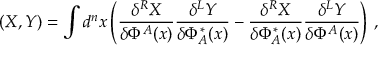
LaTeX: ( X , Y ) = \int d ^ { n } x \left( \frac { \delta ^ { R } X } { \delta \Phi ^ { A } ( x ) } \frac { \delta ^ { L } Y } { \delta \Phi _ { A } ^ { * } ( x ) } - \frac { \delta ^ { R } X } { \delta \Phi _ { A } ^ { * } ( x ) } \frac { \delta ^ { L } Y } { \delta \Phi ^ { A } ( x ) } \right) \, ,